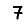
Digit: 7